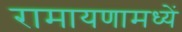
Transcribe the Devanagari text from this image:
रामायणामध्यें